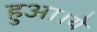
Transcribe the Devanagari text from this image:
हुआ।ये